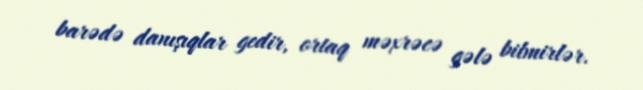
barədə danışıqlar gedir, ortaq məxrəcə gələ bilmirlər.